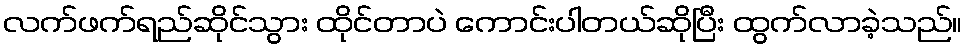
လက်ဖက်ရည်ဆိုင်သွား ထိုင်တာပဲ ကောင်းပါတယ်ဆိုပြီး ထွက်လာခဲ့သည်။